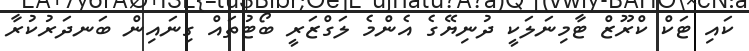
ކައި ޓަކް ކްރޫޒް ޓާމިނަލަކީ ދުނިޔޭގެ އެންމެ ލަގްޒަރީ ބޯޓުތައް ގިނައިން ބަނދަރުކުރާ